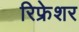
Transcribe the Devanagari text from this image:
रिफ्रेशर